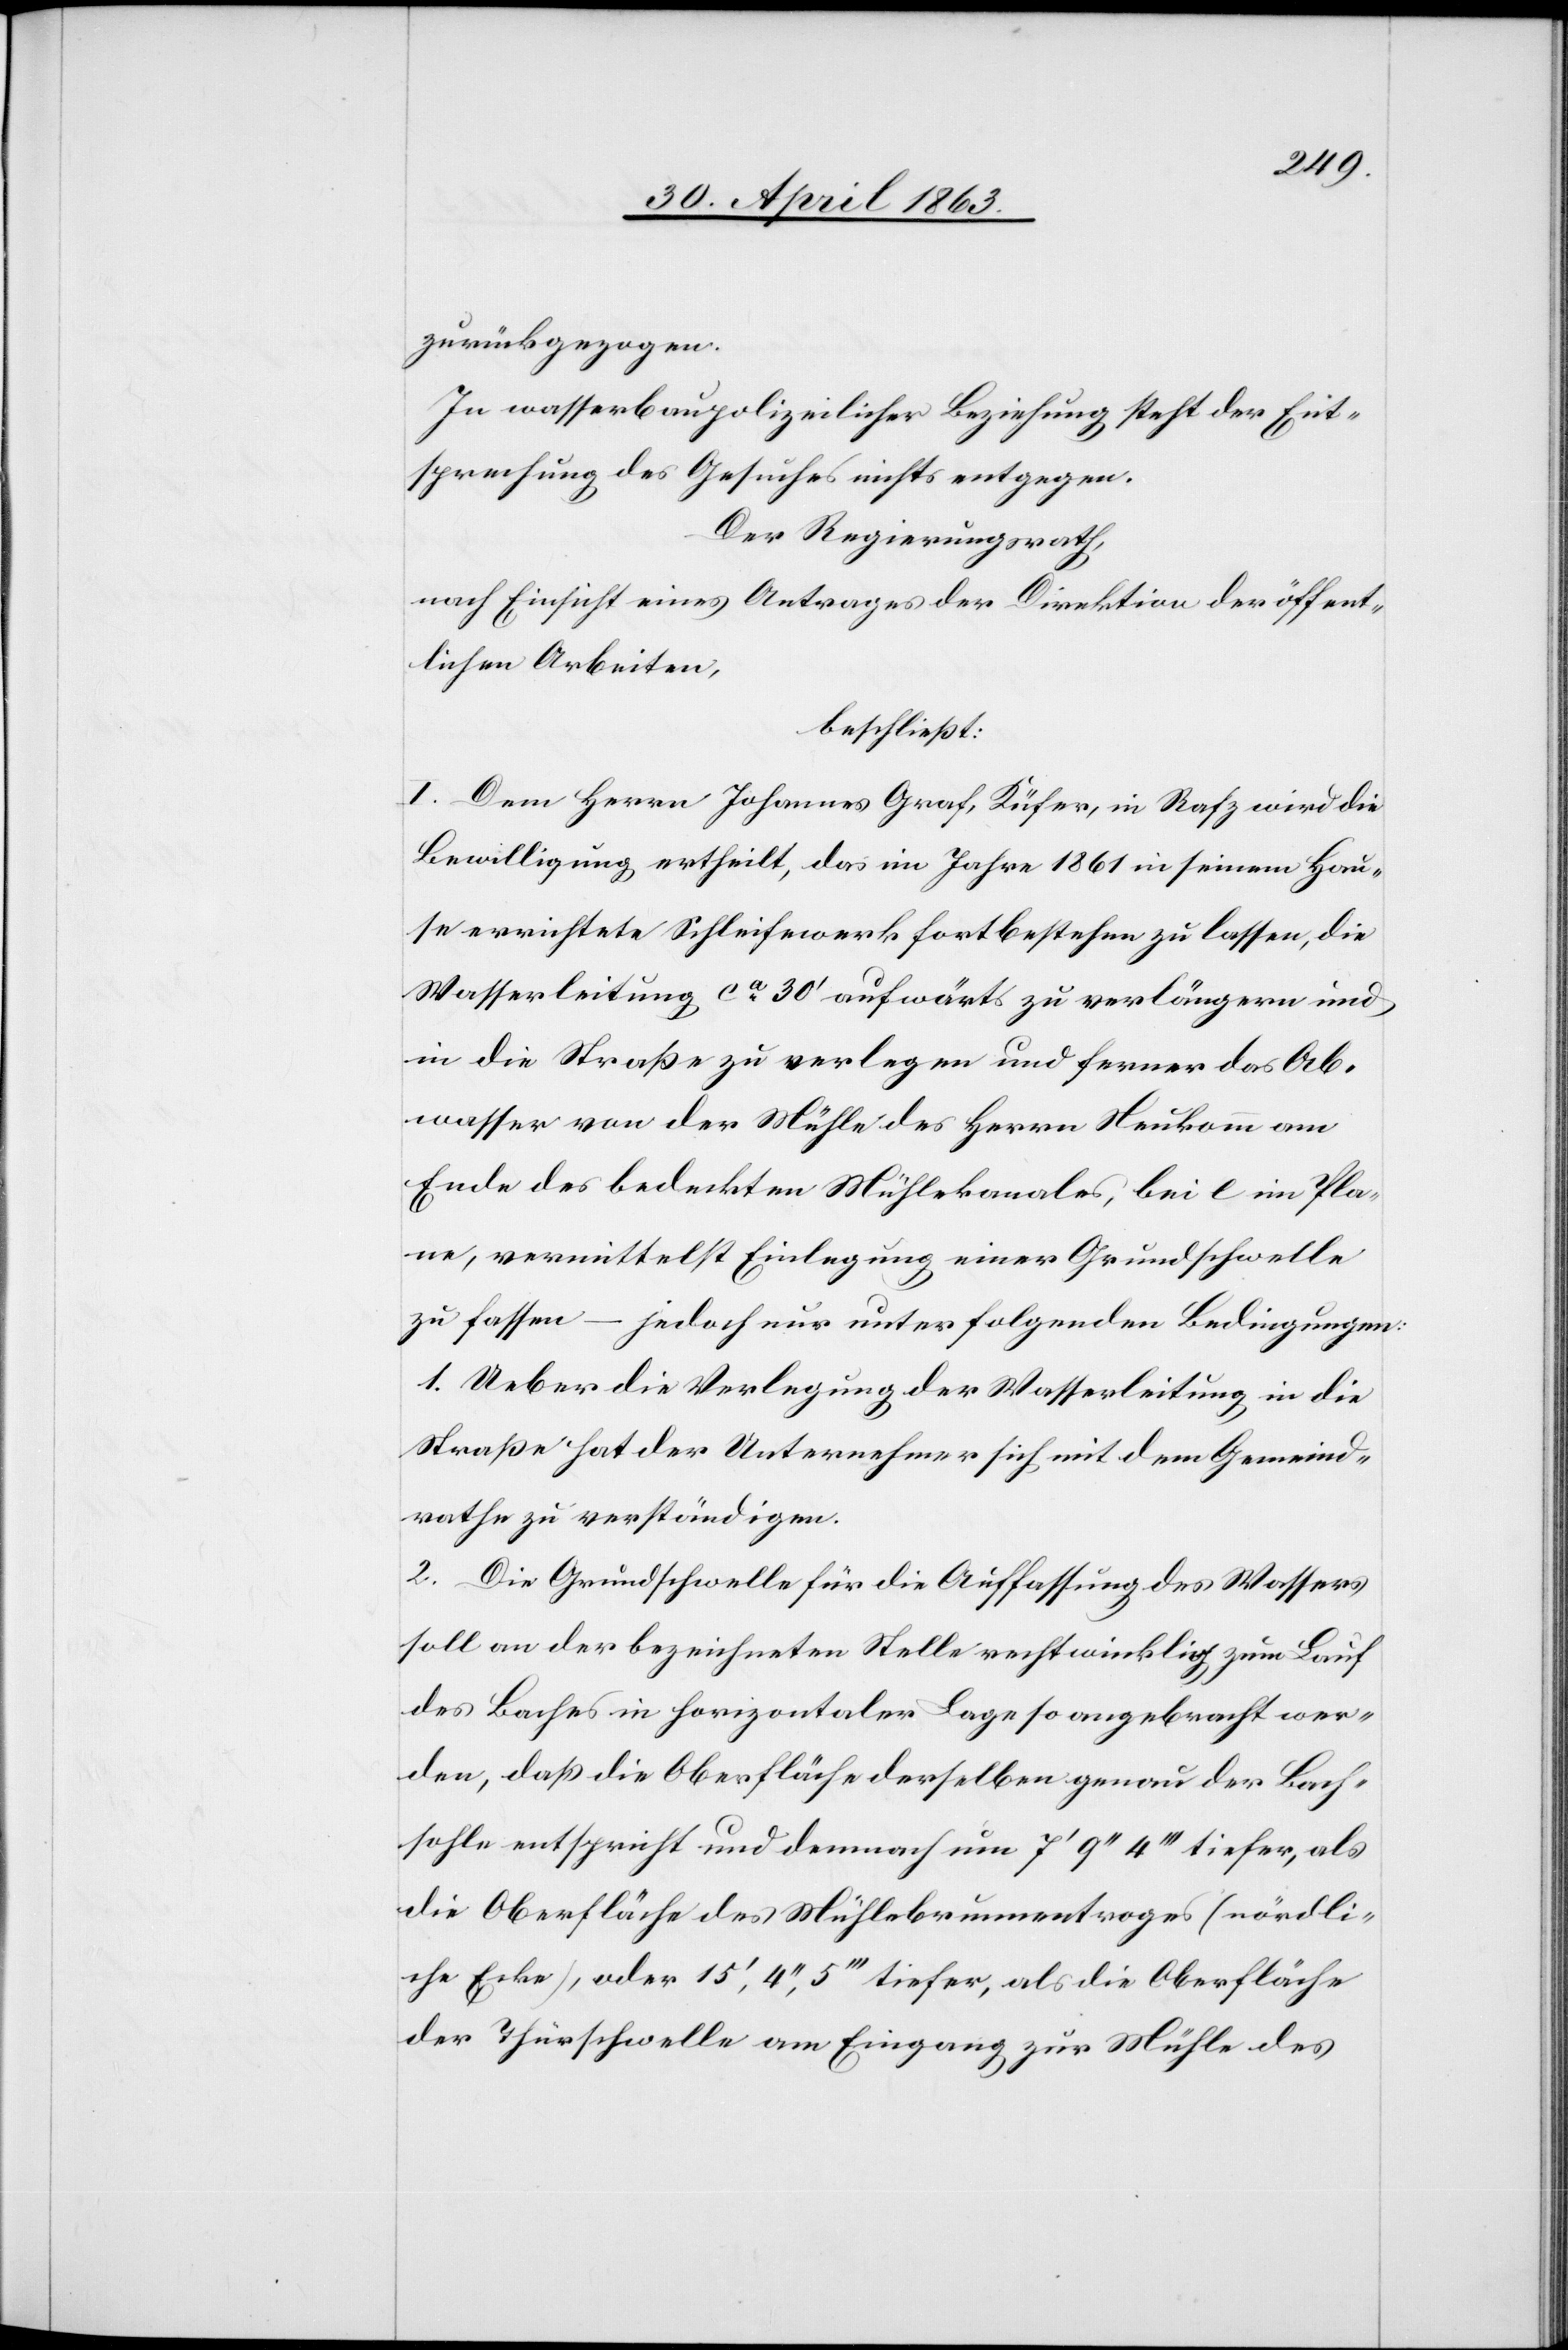
zurückgezogen.
In wasserbaupolizeilicher Beziehung steht der Ent¬
sprechung des Gesuches nichts entgegen.
Der Regierungsrath,
nach Einsicht eines Antrages der Direktion der öffent¬
lichen Arbeiten,
beschließt:
I. Dem Herrn Johannes Graf, Küfer, in Rafz wird die
Bewilligung ertheilt, das im Jahre 1861 in seinem Hau¬
se errichtete Schleifewerk fortbestehen zu lassen, die
Wasserleitung ca 30' aufwärts zu verlängern und
in die Straße zu verlegen und ferner das Ab¬
wasser von der Mühle des Herrn Neukomm am
Ende des bedeckten Mühlekanales, bei e im Pla¬
ne, vermittelst Einlegung einer Grundschwelle
zu fassen – jedoch nur unter folgenden Bedingungen:
1. Ueber die Verlegung der Wasserleitung in die
Straße hat der Unternehmer sich mit dem Gemeind¬
rathe zu verständigen.
2. Die Grundschwelle für die Auffassung des Wassers
soll an der bezeichneten Stelle rechtwinklig zum Lauf
des Baches in horizontaler Lage so angebracht wer¬
den, daß die Oberfläche derselben genau der Bach¬
sohle entspricht und demnach um 7' 9'' 4''' tiefer, als
die Oberfläche des Mühlebrunnentroges (nördli¬
che Ecke), oder 15', 4'', 5''' tiefer, als die Oberfläche
der Thürschwelle am Eingang zur Mühle des